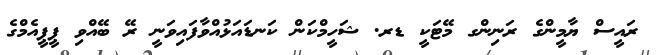
ރައީސް ޔާމީންގެ ރަނިންގ މޭޓަކީ ޑރ. ޝަހީމްކަން ކަނޑައަޅުއްވާފައިވަނީ ރޭ ބޭއްވި ޕީޕީއެމްގެ